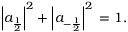
\left| a _ { \frac { 1 } { 2 } } \right| ^ { 2 } + \left| a _ { - { \frac { 1 } { 2 } } } \right| ^ { 2 } \, = 1 .